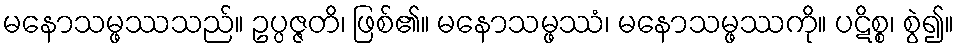
မနောသမ္ဖဿသည်။ ဥပ္ပဇ္ဇတိ၊ ဖြစ်၏။ မနောသမ္ဖဿံ၊ မနောသမ္ဖဿကို။ ပဋိစ္စ၊ စွဲ၍။